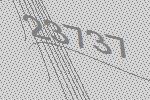
23737